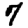
Digit: 7